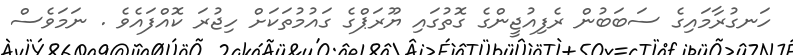
ހަނގުރާމައިގެ ސަބަބުން ރެފިއުޖީންގެ ގޮތުގައި ޔޫރަޕްގެ ގައުމުތަކަށް ހިޖުރަ ކޮއްފައެވެ . ނަމަވެސް